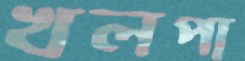
খলপা